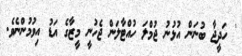
' ހަދީޖާ ބުނަން އުޅުނު ޖުމްލަ ހުއްޓާލަން ޖެހުނީ މީޒާގެ އަޑު އިވުމުންނެވެ.